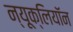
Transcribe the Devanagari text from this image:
न्यूक्लियॉन